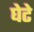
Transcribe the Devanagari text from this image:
घेटे